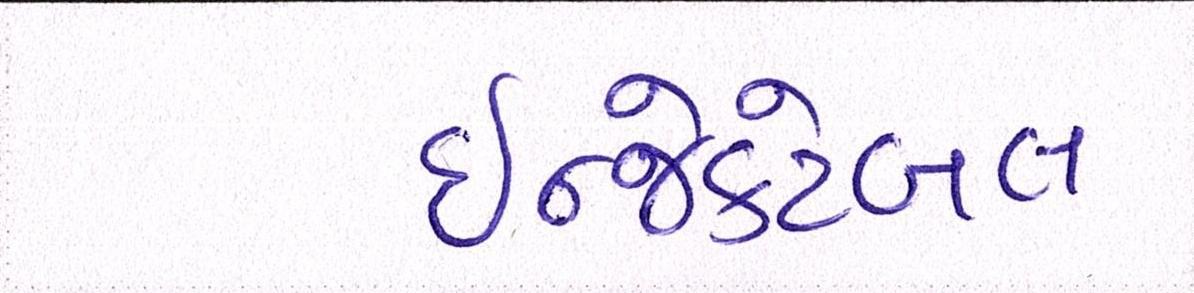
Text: ઇન્જેક્ટેબલ